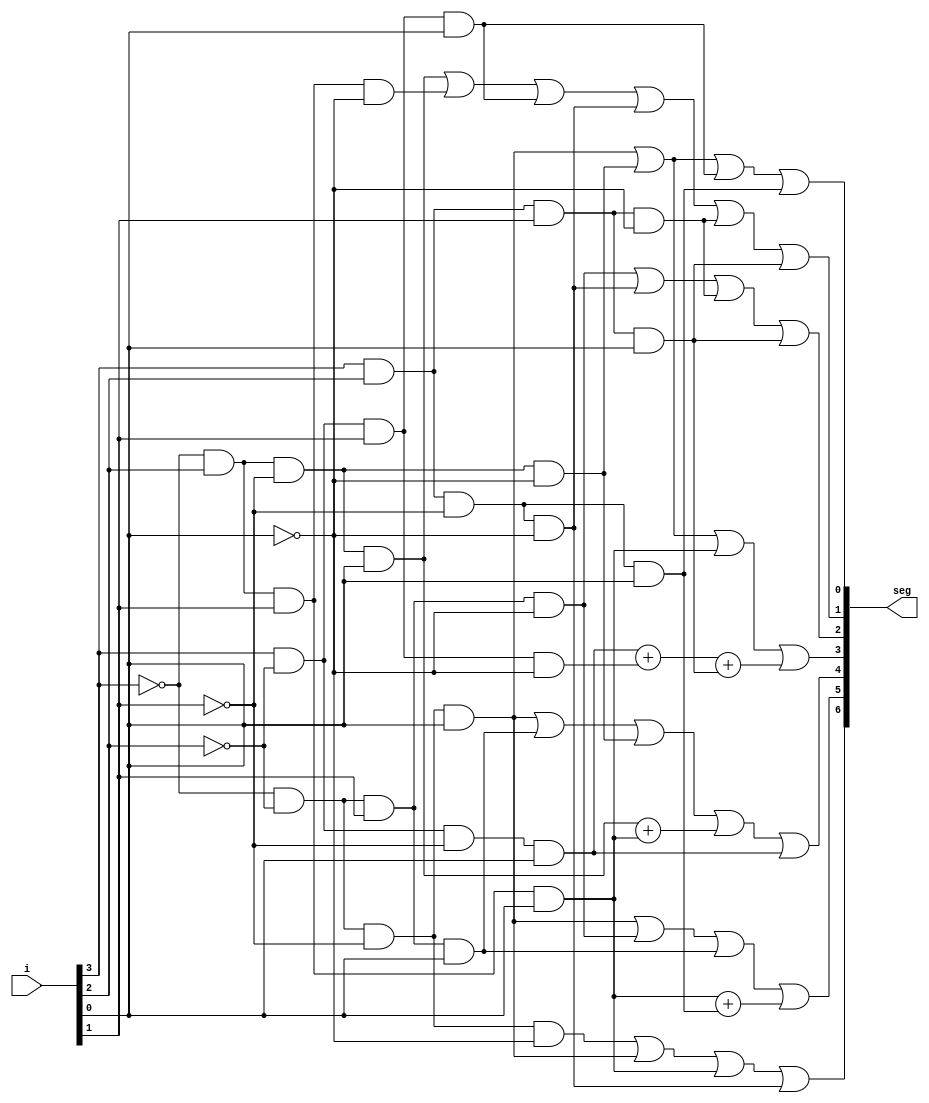
`timescale 1ns / 1ps
//////////////////////////////////////////////////////////////////////////////////
// Company: 
// Engineer: 
// 
// Design Name: 
// Module Name: hex7seg
// Project Name: 
// Target Devices: 
// Tool Versions: 
// Description: 
// 
// Dependencies: 
// 
// Revision:
// Revision 0.01 - File Created
// Additional Comments:
// 
//////////////////////////////////////////////////////////////////////////////////
module hex7seg(
    input[3:0] i,
    output  [6:0]seg
    );
 wire i0,i1,i2,i3;
    assign i3 = i[3];
    assign i2 = i[2];
    assign i1 = i[1];
    assign i0 = i[0];

assign seg[0] = (~i3 & ~i2 & ~i1 & i0) | (~i3 & i2 & ~i1 & ~i0) | (i3 & ~i2 & i1 & i0) | (i3 & i2 & ~i1 & i0);
assign seg[1] = (~i3 & i2 & ~i1 & i0) | (~i3 & i2 & i1 & ~i0) | (i3 & ~i2 & i1 & i0) | (i3 & i2 & ~i1 & ~i0) | (i3 & i2 & i1 & ~i0) | (i3 & i2 & i1 & i0);
assign seg[2] = (~i3 & ~i2 & i1 & ~i0) | (i3 & i2 & ~i1 & ~i0) | (i3 & i2 & i1 & ~i0) | (i3 & i2 & i1 & i0);
assign seg[3] = (~i3 & ~i2 & ~i1 & i0) | (~i3 & i2 & ~i1 & ~i0) | (~i3 & i2 & i1 & i0) | (i3 & ~i2 & ~i1 & i0) + (i3 & ~i2 & i1 & ~i0) + (i3 & i2 & i1 & i0);
assign seg[4] = (~i3 & ~i2 & ~i1 & i0) | (~i3 & ~i2 & i1 & i0) | (~i3 & i2 & ~i1 & ~i0) | (~i3 & i2 & ~i1 & i0) + (~i3 & i2 & i1 & i0) | (i3 & ~i2 & ~i1 & i0);
assign seg[5] = (~i3 & ~i2 & ~i1 & i0) | (~i3 & ~i2 & i1 & ~i0) | (~i3 & ~i2 & i1 & i0) | (~i3 & i2 & i1 & i0) + (i3 & i2 & ~i1 & i0);
assign seg[6] = (~i3 & ~i2 & ~i1 & ~i0) | (~i3 & ~i2 & ~i1 & i0) | (~i3 & i2 & i1 & i0) | (i3 & i2 & ~i1 & ~i0);

endmodule